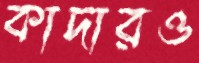
কাদারও